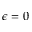
\epsilon = 0